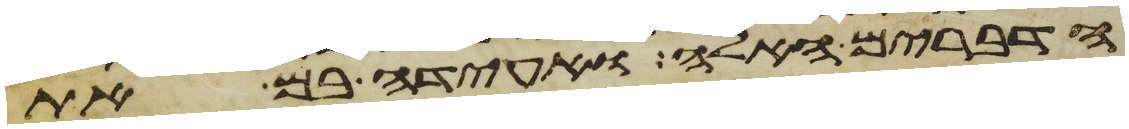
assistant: הדברים האלה ואעידה בם את